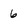
Character: 6